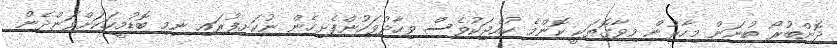
ދޮންބުރޯ ބުނަން މިހާރުން މިވާގޮތަކީ ކޮންމެ ކުއްޖަކުވެސް ވިހާދުވަހުންފެށިހެން ނުކަށިފުރައި ނިމި ބޮޑުމީހަކަށްވަންދެން